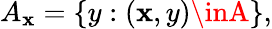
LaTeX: A_{\mathbf{x}}=\{ y:(\mathbf{x},y)\inA\} ,